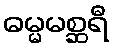
ဓမ္မမစ္ဆရီ